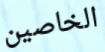
الخاصين